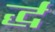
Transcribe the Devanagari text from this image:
र्द्धं